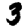
Digit: 3